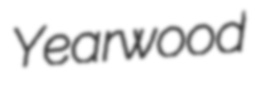
Yearwood